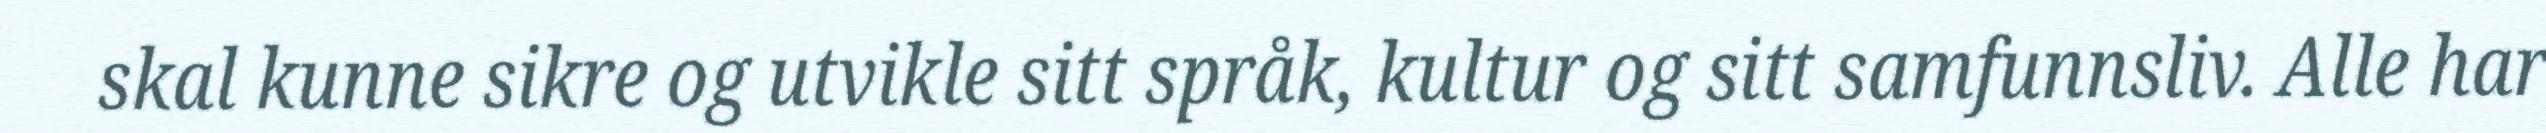
skal kunne sikre og utvikle sitt språk, kultur og sitt samfunnsliv. Alle har